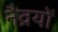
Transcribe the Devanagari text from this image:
नैव्रयों